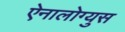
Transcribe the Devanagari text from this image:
ऐनालोग्युस